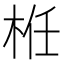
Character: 栣